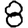
Digit: 8